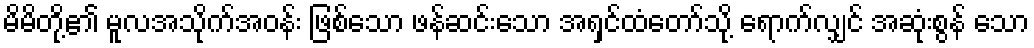
မိမိတို့၏ မူလအသိုက်အဝန်း ဖြစ်သော ဖန်ဆင်းသော အရှင်ထံတော်သို့ ရောက်လျှင် အဆုံးစွန် သော